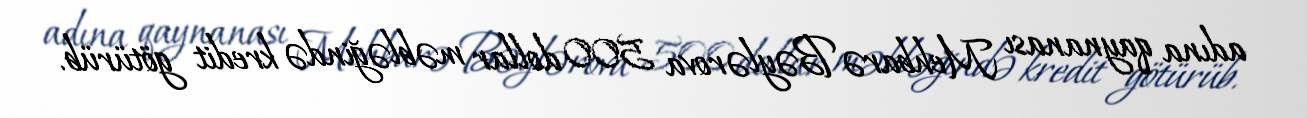
adına qaynanası Mehbarə Bəylərova 500 dollar məbləğində kredit götürüb.